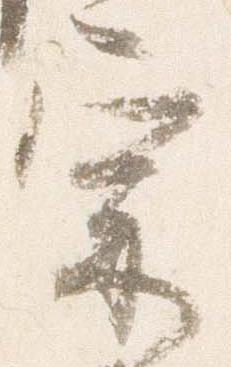
宗